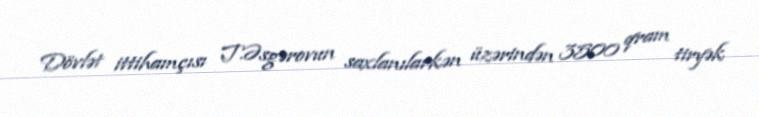
Dövlət ittihamçısı T.Əsgərovun saxlanılarkən üzərindən 3500 qram tiryək